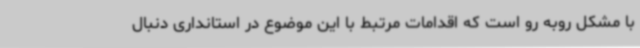
با مشکل روبه رو است که اقدامات مرتبط با این موضوع در استانداری دنبال